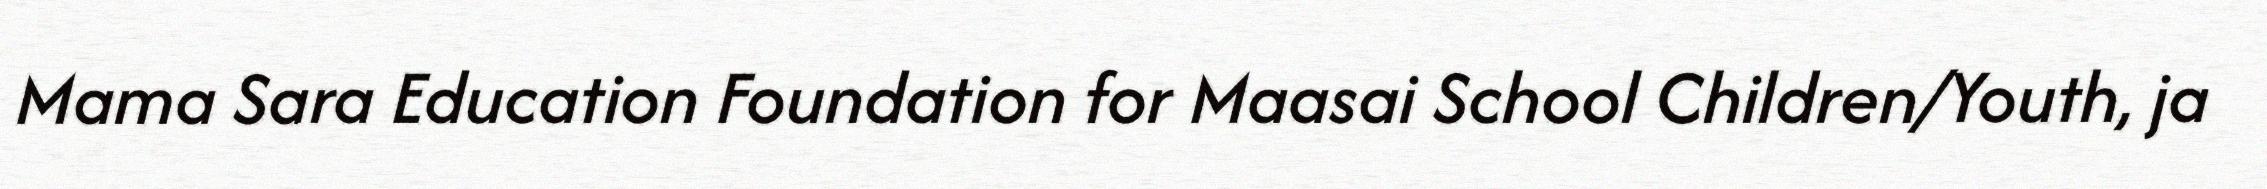
Mama Sara Education Foundation for Maasai School Children/Youth, ja